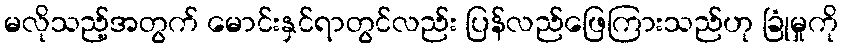
မလိုသည့်အတွက် မောင်းနှင်ရာတွင်လည်း ပြန်လည်ဖြေကြားသည်ဟု ခြုံမှုကို